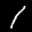
Label: 1